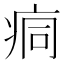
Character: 痌